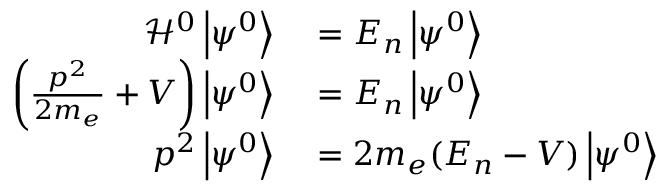
\begin{array} { r l } { { \mathcal { H } } ^ { 0 } \left\vert \psi ^ { 0 } \right\rangle } & { { } = E _ { n } \left\vert \psi ^ { 0 } \right\rangle } \\ { \left( { \frac { p ^ { 2 } } { 2 m _ { e } } } + V \right) \left\vert \psi ^ { 0 } \right\rangle } & { { } = E _ { n } \left\vert \psi ^ { 0 } \right\rangle } \\ { p ^ { 2 } \left\vert \psi ^ { 0 } \right\rangle } & { { } = 2 m _ { e } ( E _ { n } - V ) \left\vert \psi ^ { 0 } \right\rangle } \end{array}